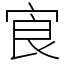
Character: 㝗